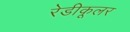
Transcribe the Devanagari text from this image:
रेडीकूलर